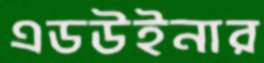
এডউইনার